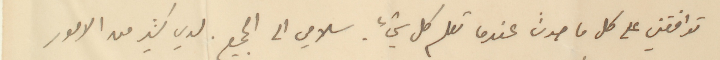
توافقني على كل ما حدث عندما تعلم كل شيء. سلامي الى الجميع لدي كثير من الأمور